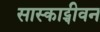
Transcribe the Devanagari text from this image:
सास्काट्चीवन